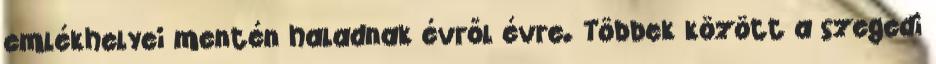
emlékhelyei mentén haladnak évről évre. Többek között a szegedi